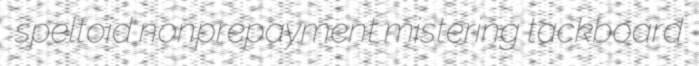
speltoid nonprepayment mistering tackboard